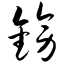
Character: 镑